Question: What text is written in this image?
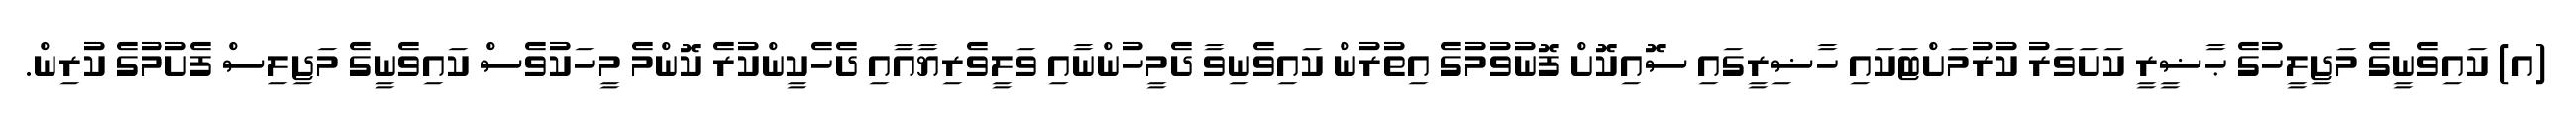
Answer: (އ) ކައިވެނީގެ މަޖިލީހުގެ ޙާޟީރީ ކަށަވަރު ކުރުމަށްޓަކައި ހާޟިރީގައި ސޮއިކޮށް ފޮނުވުމުގެ އިތުރުން ކައިވެނިވާ ދެމީހުންނާއި ވަލީވެރިޔާއާއި ދެހެކީންކުރެ ކޮންމެ މީހަކުވެސް ކައިވެނީގެ މަޖިލިސް ފެށުމުގެ ކުރިން.